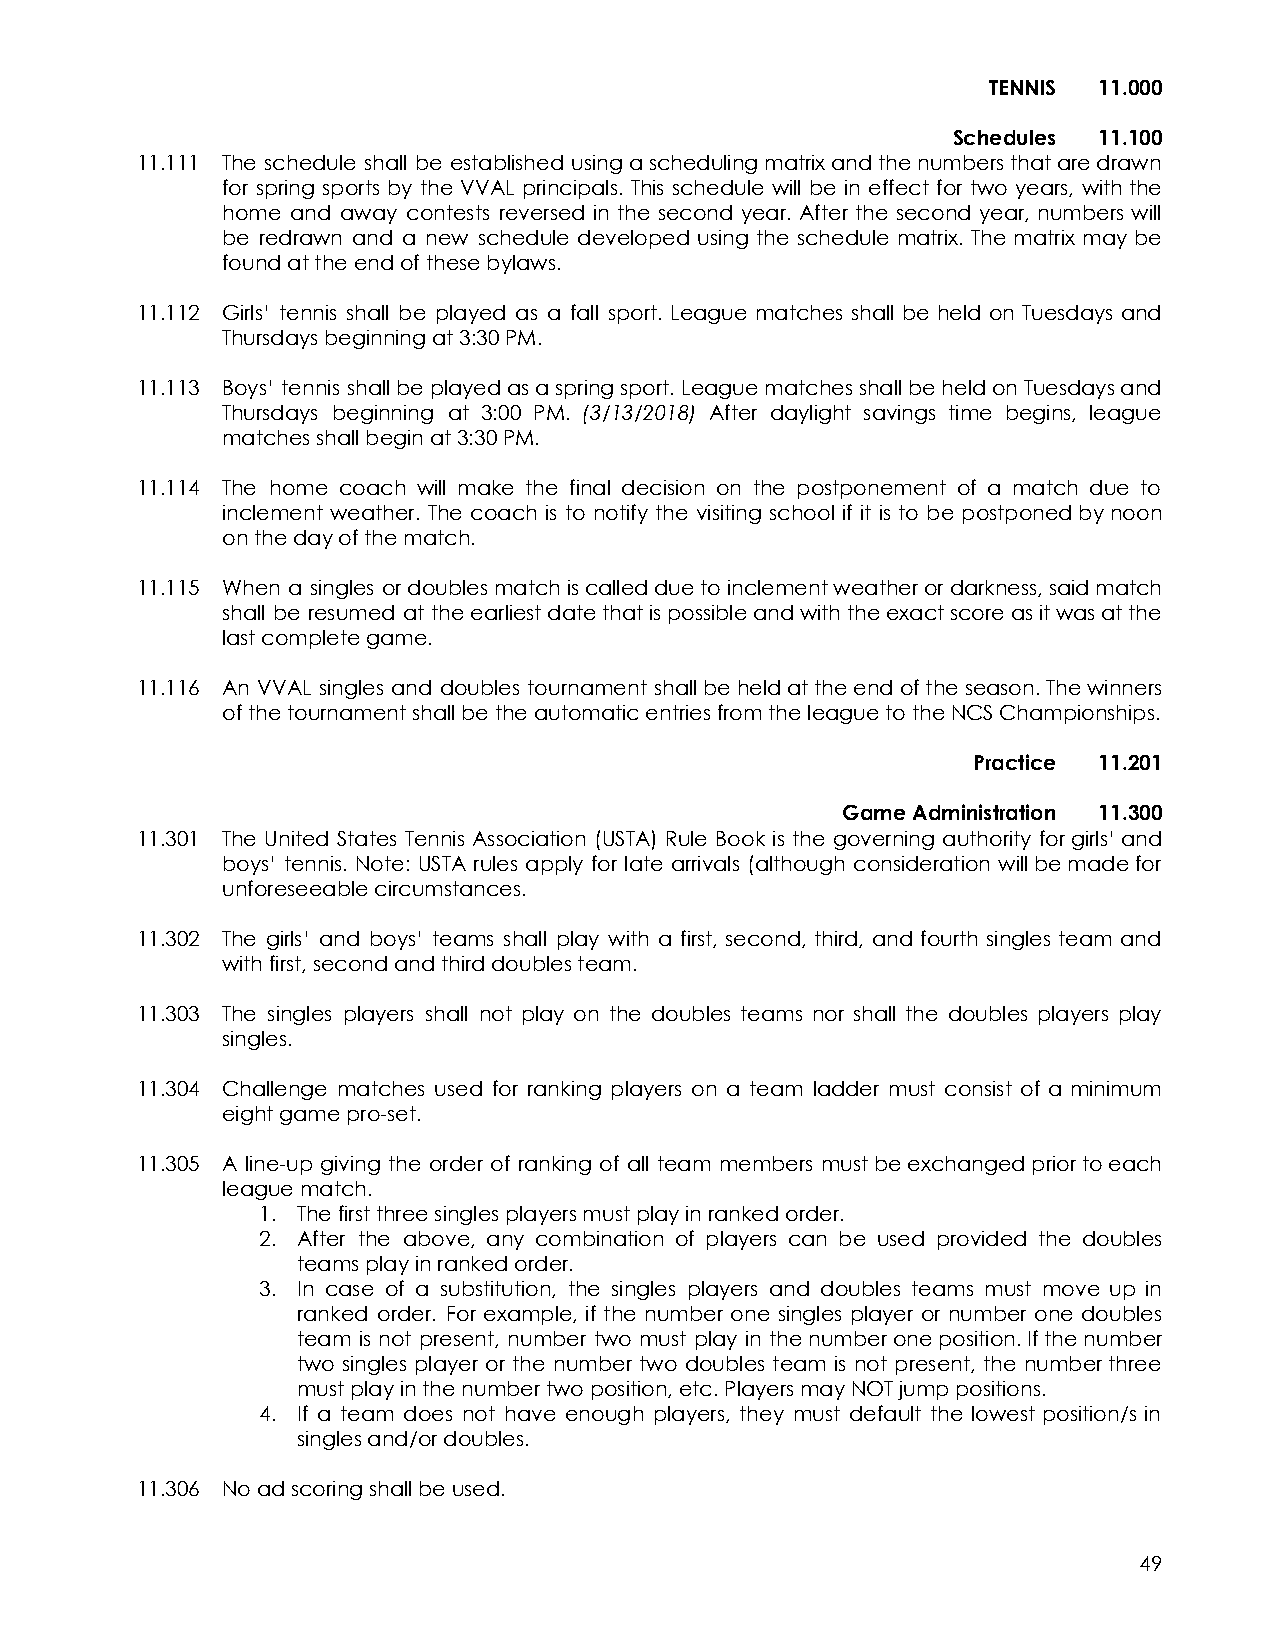
TENNIS  11.000
 Schedules 11.100
 11.111 The schedule shall be established usingaschedulingmatrixandthenumbersthataredrawn
 for spring sports by the VVAL principals. This schedule will be in effect for two years, withthe
 home and away contests reversed in the second year. After the second year, numbers will
 be redrawn and a new schedule developed using the schedule matrix. The matrix may be
 found at the end of these bylaws.
 11.112 Girls’ tennis shall be played as a fall sport. League matches shall be held on Tuesdays and
 Thursdays beginning at 3:30 PM.
 11.113 Boys’ tennis shallbeplayedasaspringsport.LeaguematchesshallbeheldonTuesdaysand
 Thursdays beginning at 3:00 PM. (3/13/2018) After daylight savings time begins, league
 matches shall begin at 3:30 PM.
 11.114 The home coach will make the final decision on the postponement of a match due to
 inclement weather. The coach is to notify the visiting school if it is to be postponedbynoon
 on the day of the match.
 11.115 When a singles ordoublesmatchiscalledduetoinclementweatherordarkness,saidmatch
 shall be resumed at theearliestdatethatispossibleandwiththeexactscoreasitwasatthe
 last complete game.
 11.116 An VVAL singles and doubles tournament shallbeheldattheendoftheseason.Thewinners
 of the tournament shall be the automatic entries from the league to the NCS Championships.
 Practice 11.201
 Game Administration 11.300
 11.301 The United States Tennis Association (USTA) Rule Book is the governing authority forgirls’and
 boys’ tennis. Note: USTA rules apply for late arrivals (although consideration willbemadefor
 unforeseeable circumstances.
 11.302 The girls’ and boys’ teams shall play with a first, second, third, and fourth singles team and
 with first, second and third doubles team.
 11.303 The singles players shall not play on the doubles teams nor shall the doubles players play
 singles.
 11.304 Challenge matches used for ranking players on a team ladder must consist of a minimum
 eight game pro-set.
 11.305 A line-up giving the order of ranking of all team members mustbeexchangedpriortoeach
 league match.
 1. The first three singles players must play in ranked order.
 2. After the above, any combination of players can be used provided the doubles
 teams play in ranked order.
 3. In case of a substitution, the singles players and doubles teams must move up in
 ranked order. For example, if the number one singles player or number one doubles
 team is not present, number two must play in thenumberoneposition.Ifthenumber
 two singles player or the number two doubles team is not present, the numberthree
 must play in the number two position, etc. Players may NOT jump positions.
 4. If a team does not have enough players, they must default the lowest position/s in
 singles and/or doubles.
 11.306 No ad scoring shall be used.
 49